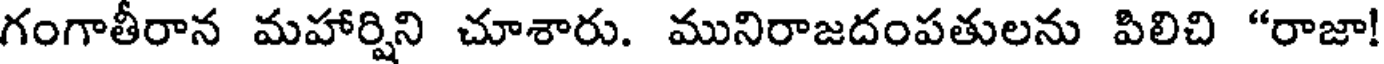
గంగాతీరాన మహార్షిని చూశారు. మునిరాజదంపతులను పిలిచి "రాజా!